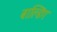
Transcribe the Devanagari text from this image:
बाल्डिंग